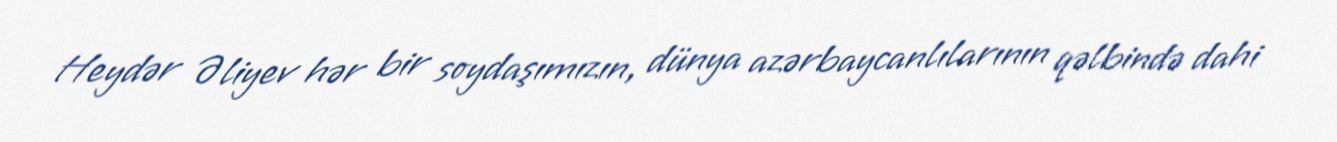
Heydər Əliyev hər bir soydaşımızın, dünya azərbaycanlılarının qəlbində dahi